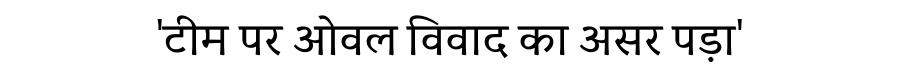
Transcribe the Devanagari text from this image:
'टीम पर ओवल विवाद का असर पड़ा'